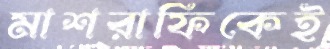
মাশরাফিকেই